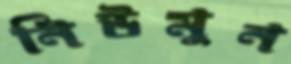
নিউমুন